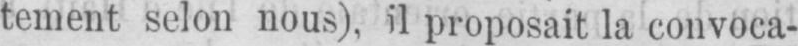
tement selon nous), il proposait la convoca-